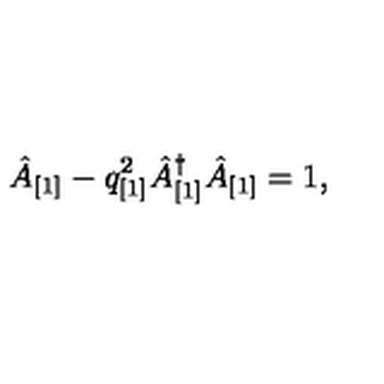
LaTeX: \hat { A } _ { [ 1 ] } - q _ { [ 1 ] } ^ { 2 } \hat { A } _ { [ 1 ] } ^ { \dagger } \hat { A } _ { [ 1 ] } = 1 ,